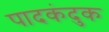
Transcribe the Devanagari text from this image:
पादकंदुक